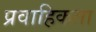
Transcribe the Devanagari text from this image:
प्रवाहिकता